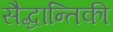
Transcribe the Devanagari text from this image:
सैद्धान्तिकी